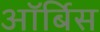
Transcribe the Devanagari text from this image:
ऑर्बिस